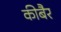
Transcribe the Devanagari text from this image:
कीबैर